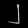
Digit: ၂